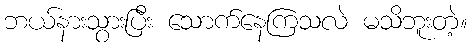
ဘယ်နားသွားပြီး သောက်နေကြသလဲ မသိဘူးတဲ့။